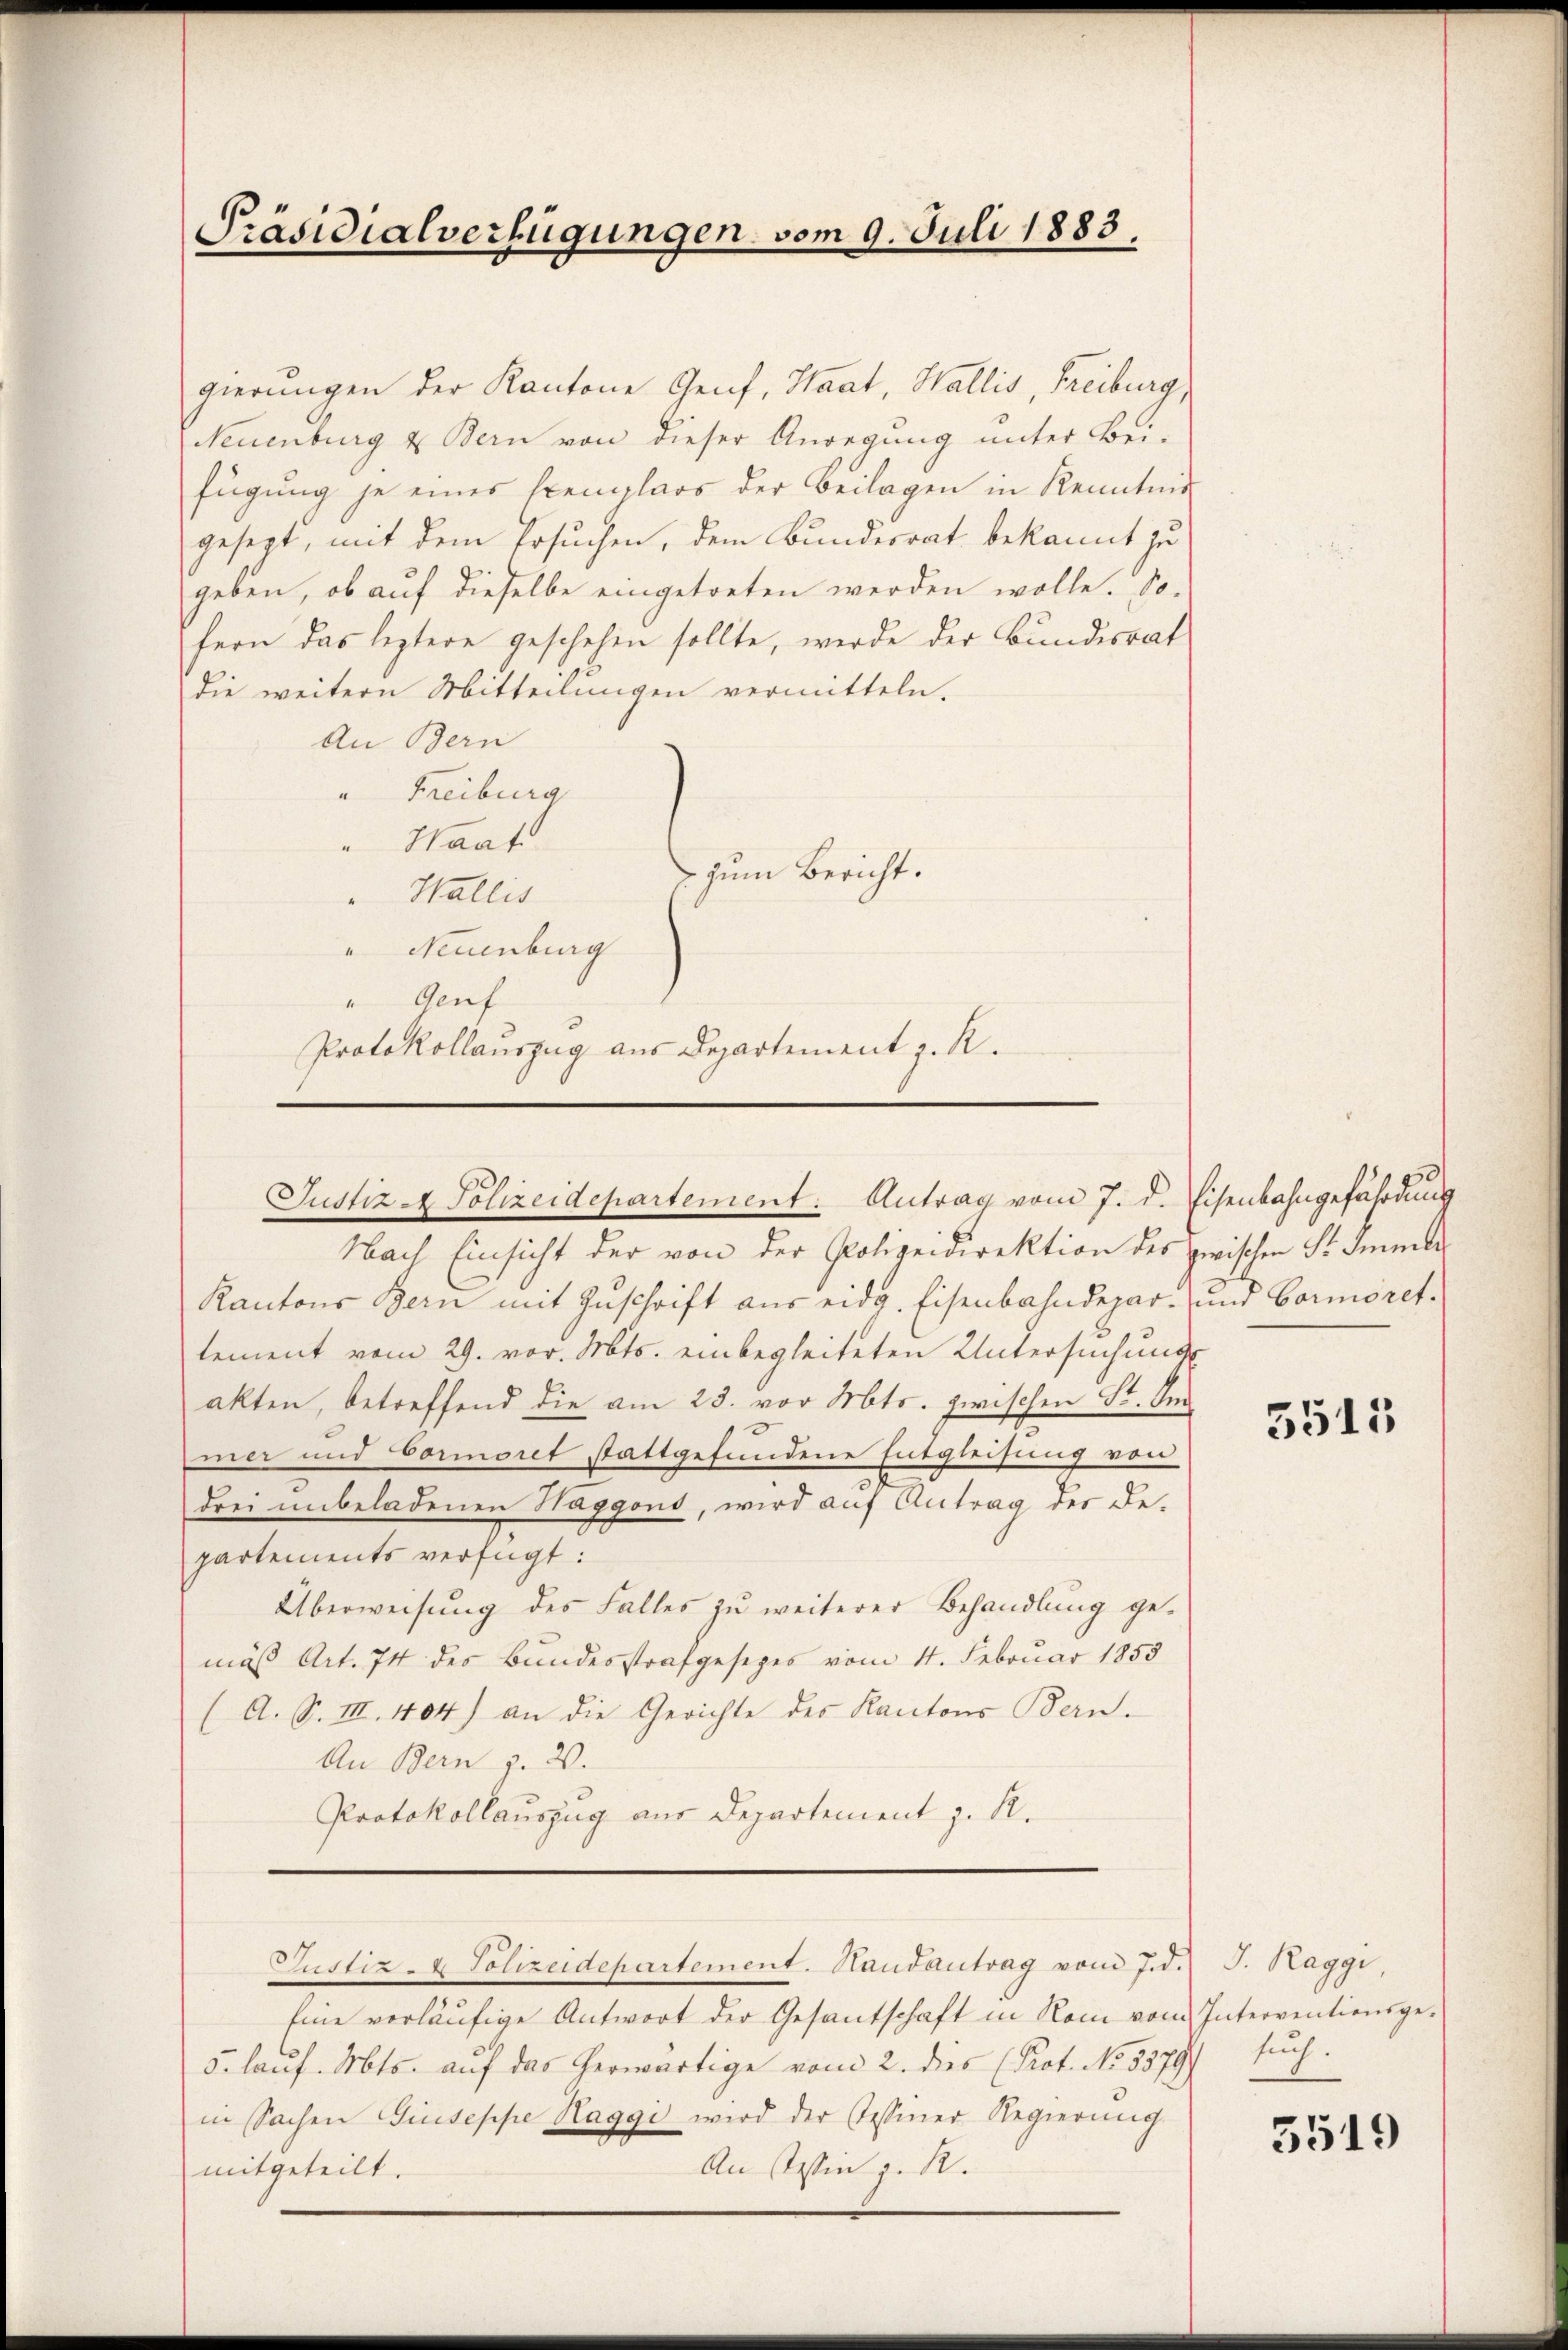
Präsidialverfügungen vom 9. Juli 1883.

gierungen der Kantone Genf, Staat, Wallis, Freiburg,
Neuenburg u Bern von dieser Anregung unter Bei-
fügung je eines Exemplars der Beilagen in Kenntnis
gesezt, mit dem Ersuchen, dem Bundesrat bekannt zu
geben, ob auf dieselbe eingetreten werden wolle. So-
hern das leztere geschehen sollte, werde der Bundesrat
die weitern Mitteilungen vermitteln.
An Bern
" Freiburg
Waat
 zum Bericht.
Wallis
Neuenburg
Guf
Protokollauszug aus Departement z. R.

Justiz - Polizeidepartement: Antrag vom 7. d. Eisenbahngefährdung

Nach Einsicht der von der Polizeidirektion des zwischen St. Immer
Kantons Bern mit Zŭschrift aus eidg. Eisenbahndepar- und Cormorettement vom 29. vor. Mts. einbegleiteten Untersuchungs
akten, betreffend die am 23. vor Mts. zwischen St. Im¬
1
mer und bonoret stattgefundene Entgleisung von
drei unbeladenen Haggond, wird auf Antrag der Departements verfügt:
Überweisung des Falles zu weiterer Behandlung gemäß Art. 74 des Bundesstrafgesezes vom 11. Februar 1855
(A. S. III. 1404) an die Gerichte des Kantons Bern.
An Bern z. B.
Protokollauszug aus Departement z. R.
Justiz- & Polizeidepartement. Handantrag vom 7. d. J. Kaggi,
Eine vorläufige Antwort der Gesantschaft in Rom vom Interventionsge-
5. lauf. Mts. auf das herwärtige vom 2. des Prof. No. 5379) such.
in Sachen Giuseppe Haggi wird der Tessiner Regierung
An Tessin z. R.
mitgeteilt.

5515

5519